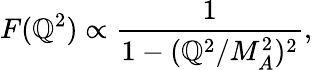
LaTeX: F(\mathbb{Q}^{2})\propto\frac{{1}}{{1-(\mathbb{Q}^{2}/M_{A}^{2})^{2}}},